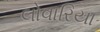
લોવારિયા